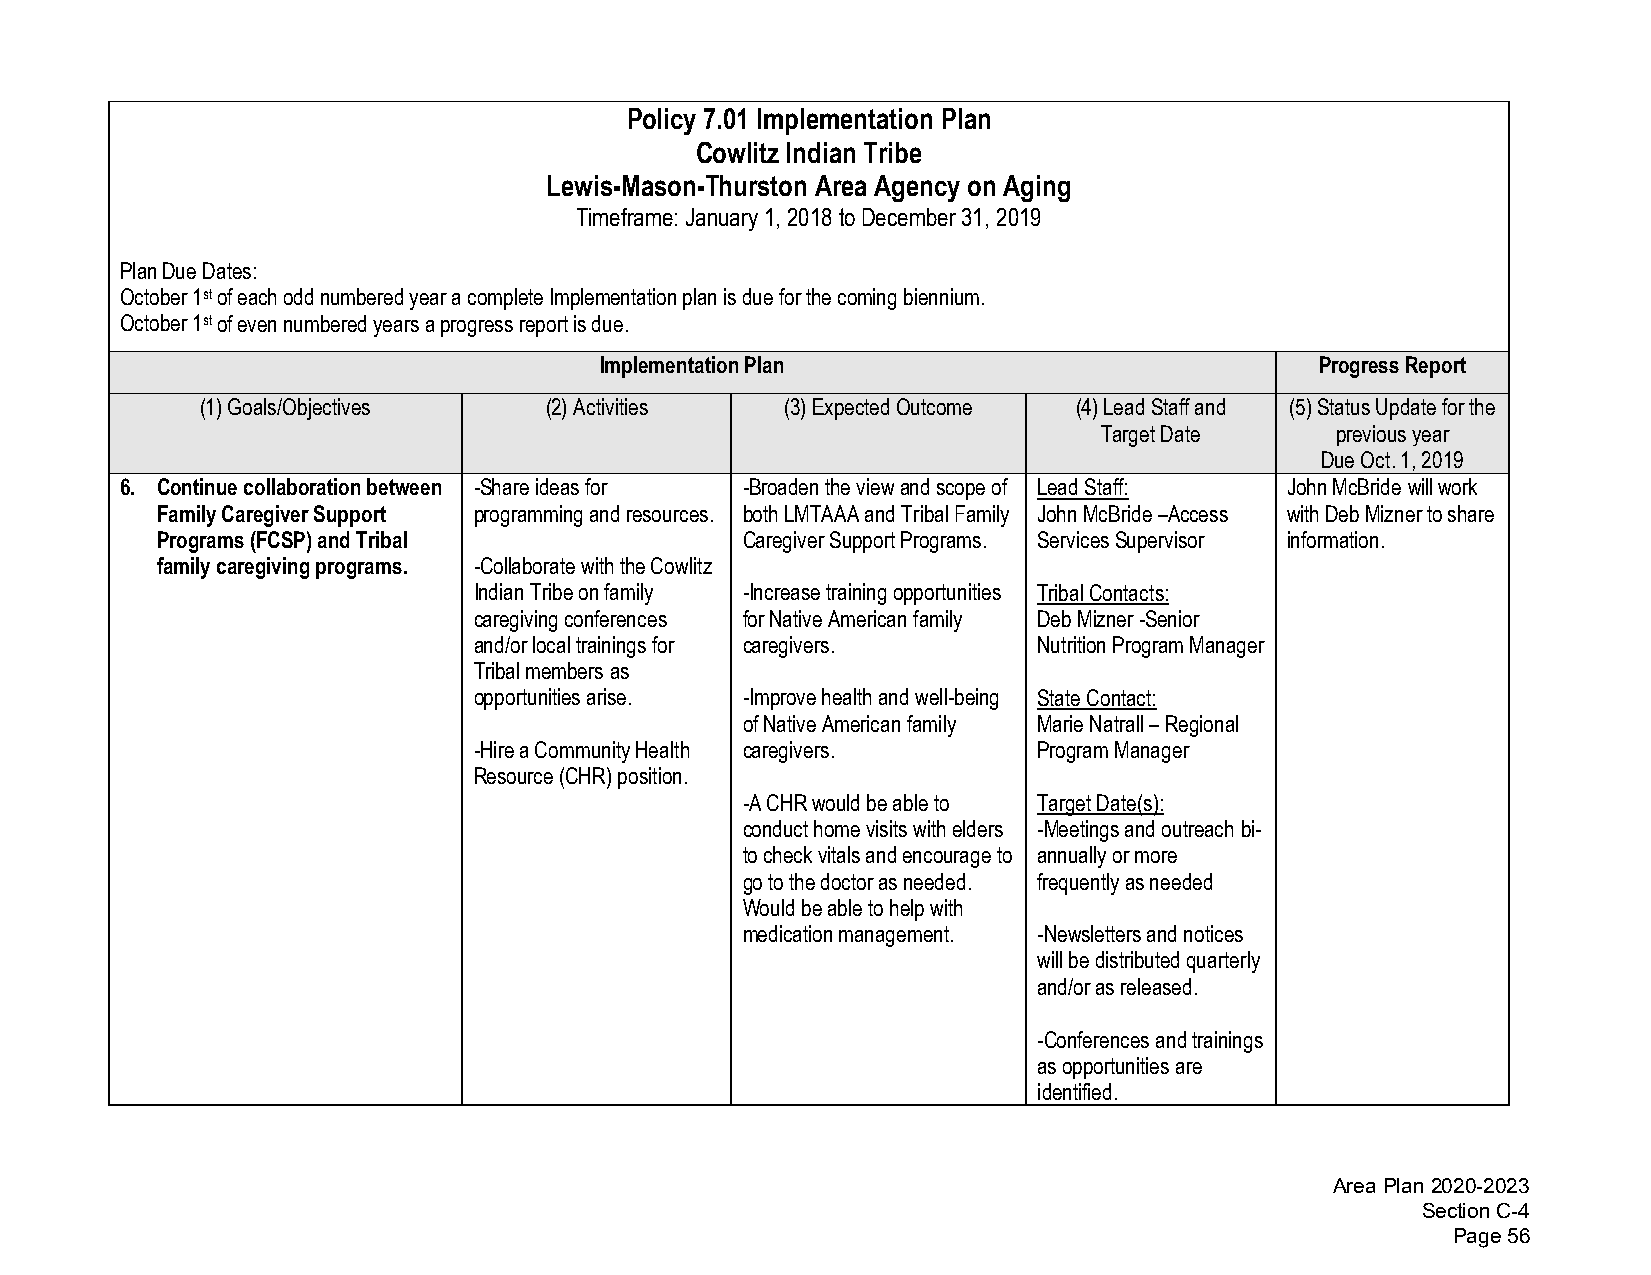
Policy 7.01 Implementation Plan
 Cowlitz Indian Tribe
 Lewis-Mason-Thurston Area Agency on Aging
 Timeframe: January 1, 2018 to December 31, 2019
 Plan Due Dates:
 October 1st of each odd numbered year a complete Implementation plan is due for the coming biennium.
 October 1st of even numbered years a progress report is due.
 Implementation Plan                            Progress Report
 (1)Goals/Objectives    (2)Activities   (3)Expected Outcome (4)Lead Staff and (5)Status Update for the
 Target Date    previous year
 Due Oct. 1, 2019
 6. Continue collaboration between -Share ideas for -Broaden the view and scope of Lead Staff: John McBride will work
 Family Caregiver Support programming and resources. both LMTAAA and Tribal Family John McBride –Access with Deb Mizner to share
 Programs (FCSP) and Tribal             Caregiver Support Programs. Services Supervisor information.
 family caregiving programs. -Collaborate with the Cowlitz
 Indian Tribe on family -Increase training opportunities Tribal Contacts:
 caregiving conferences for Native American family Deb Mizner -Senior
 and/or local trainings for caregivers. Nutrition Program Manager
 Tribal members as
 opportunities arise. -Improve health and well-being State Contact:
 of Native American family Marie Natrall – Regional
 -Hire a Community Health caregivers.  Program Manager
 Resource (CHR) position.
 -A CHR would be able to Target Date(s):
 conduct home visits with elders -Meetings and outreach bi-
 to check vitals and encourage to annually or more
 go to the doctor as needed. frequently as needed
 Would be able to help with
 medication management. -Newsletters and notices
 will be distributed quarterly
 and/or as released.
 -Conferences and trainings
 as opportunities are
 identified.
 Area Plan 2020-2023
 Section C-4
 Page 56